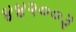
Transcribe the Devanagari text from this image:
४४२००३